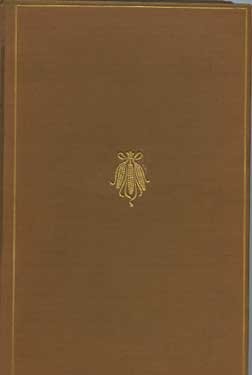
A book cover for The Poems and Prose Sketches of James Whitcomb Riley Vol. XII; James Whitcomb Riley; Crafts, Hobbies & Home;